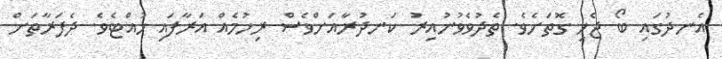
އެނދުގައި ބޯ ޖެހި ގޮތަށެވެ. ތެދުވެވުނުއިރު ކަނދުރާއަށްވެސް ރިހުމެއް އަރާފައި ހުއްޓެވެ. ދެފަރާތަށް